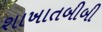
શાખાતબીબી